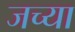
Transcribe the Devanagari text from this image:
जच्या